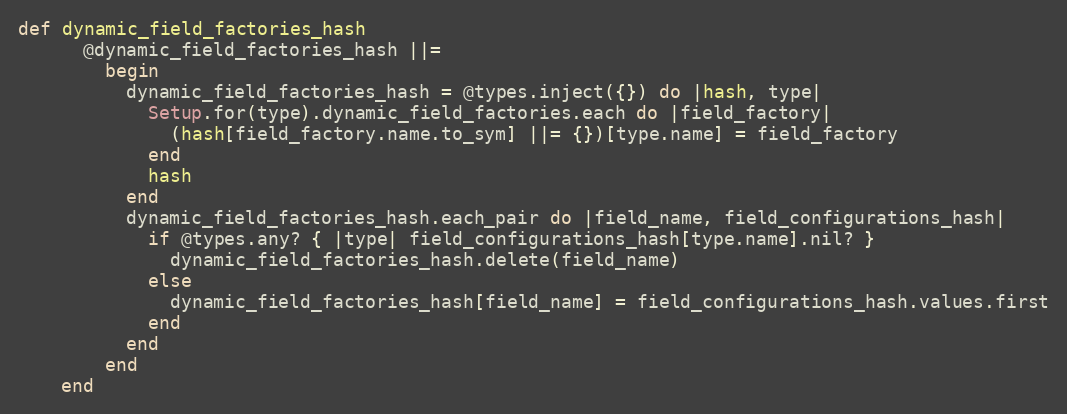
Language: Ruby
def dynamic_field_factories_hash
      @dynamic_field_factories_hash ||=
        begin
          dynamic_field_factories_hash = @types.inject({}) do |hash, type|
            Setup.for(type).dynamic_field_factories.each do |field_factory|
              (hash[field_factory.name.to_sym] ||= {})[type.name] = field_factory
            end
            hash
          end
          dynamic_field_factories_hash.each_pair do |field_name, field_configurations_hash|
            if @types.any? { |type| field_configurations_hash[type.name].nil? }
              dynamic_field_factories_hash.delete(field_name)
            else
              dynamic_field_factories_hash[field_name] = field_configurations_hash.values.first
            end
          end
        end
    end